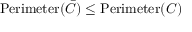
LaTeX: \operatorname { P e r i m e t e r } ( { \bar { C } } ) \leq \operatorname { P e r i m e t e r } ( C )